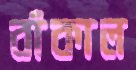
বাঁকাল